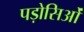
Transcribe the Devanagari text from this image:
पड़ोसिओं